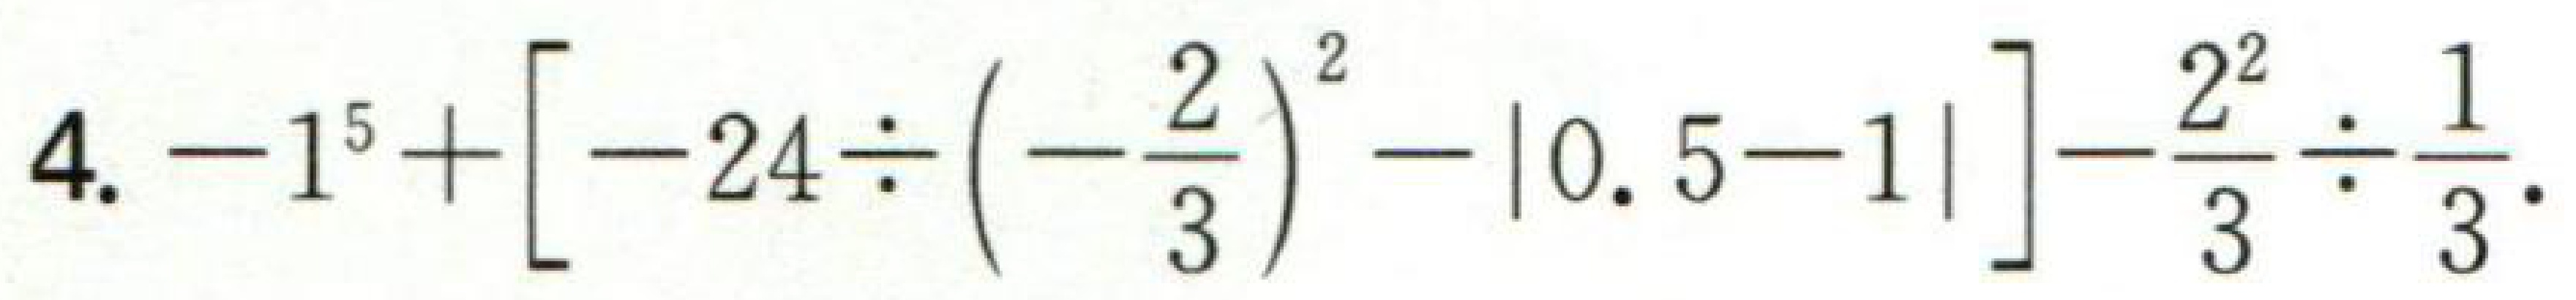
\(4. -1^{5}+\left[-24\div\left(-\dfrac{2}{3}\right)^{2}-|0.5 - 1|\right]-\dfrac{2^{2}}{3}\div\dfrac{1}{3}.\)